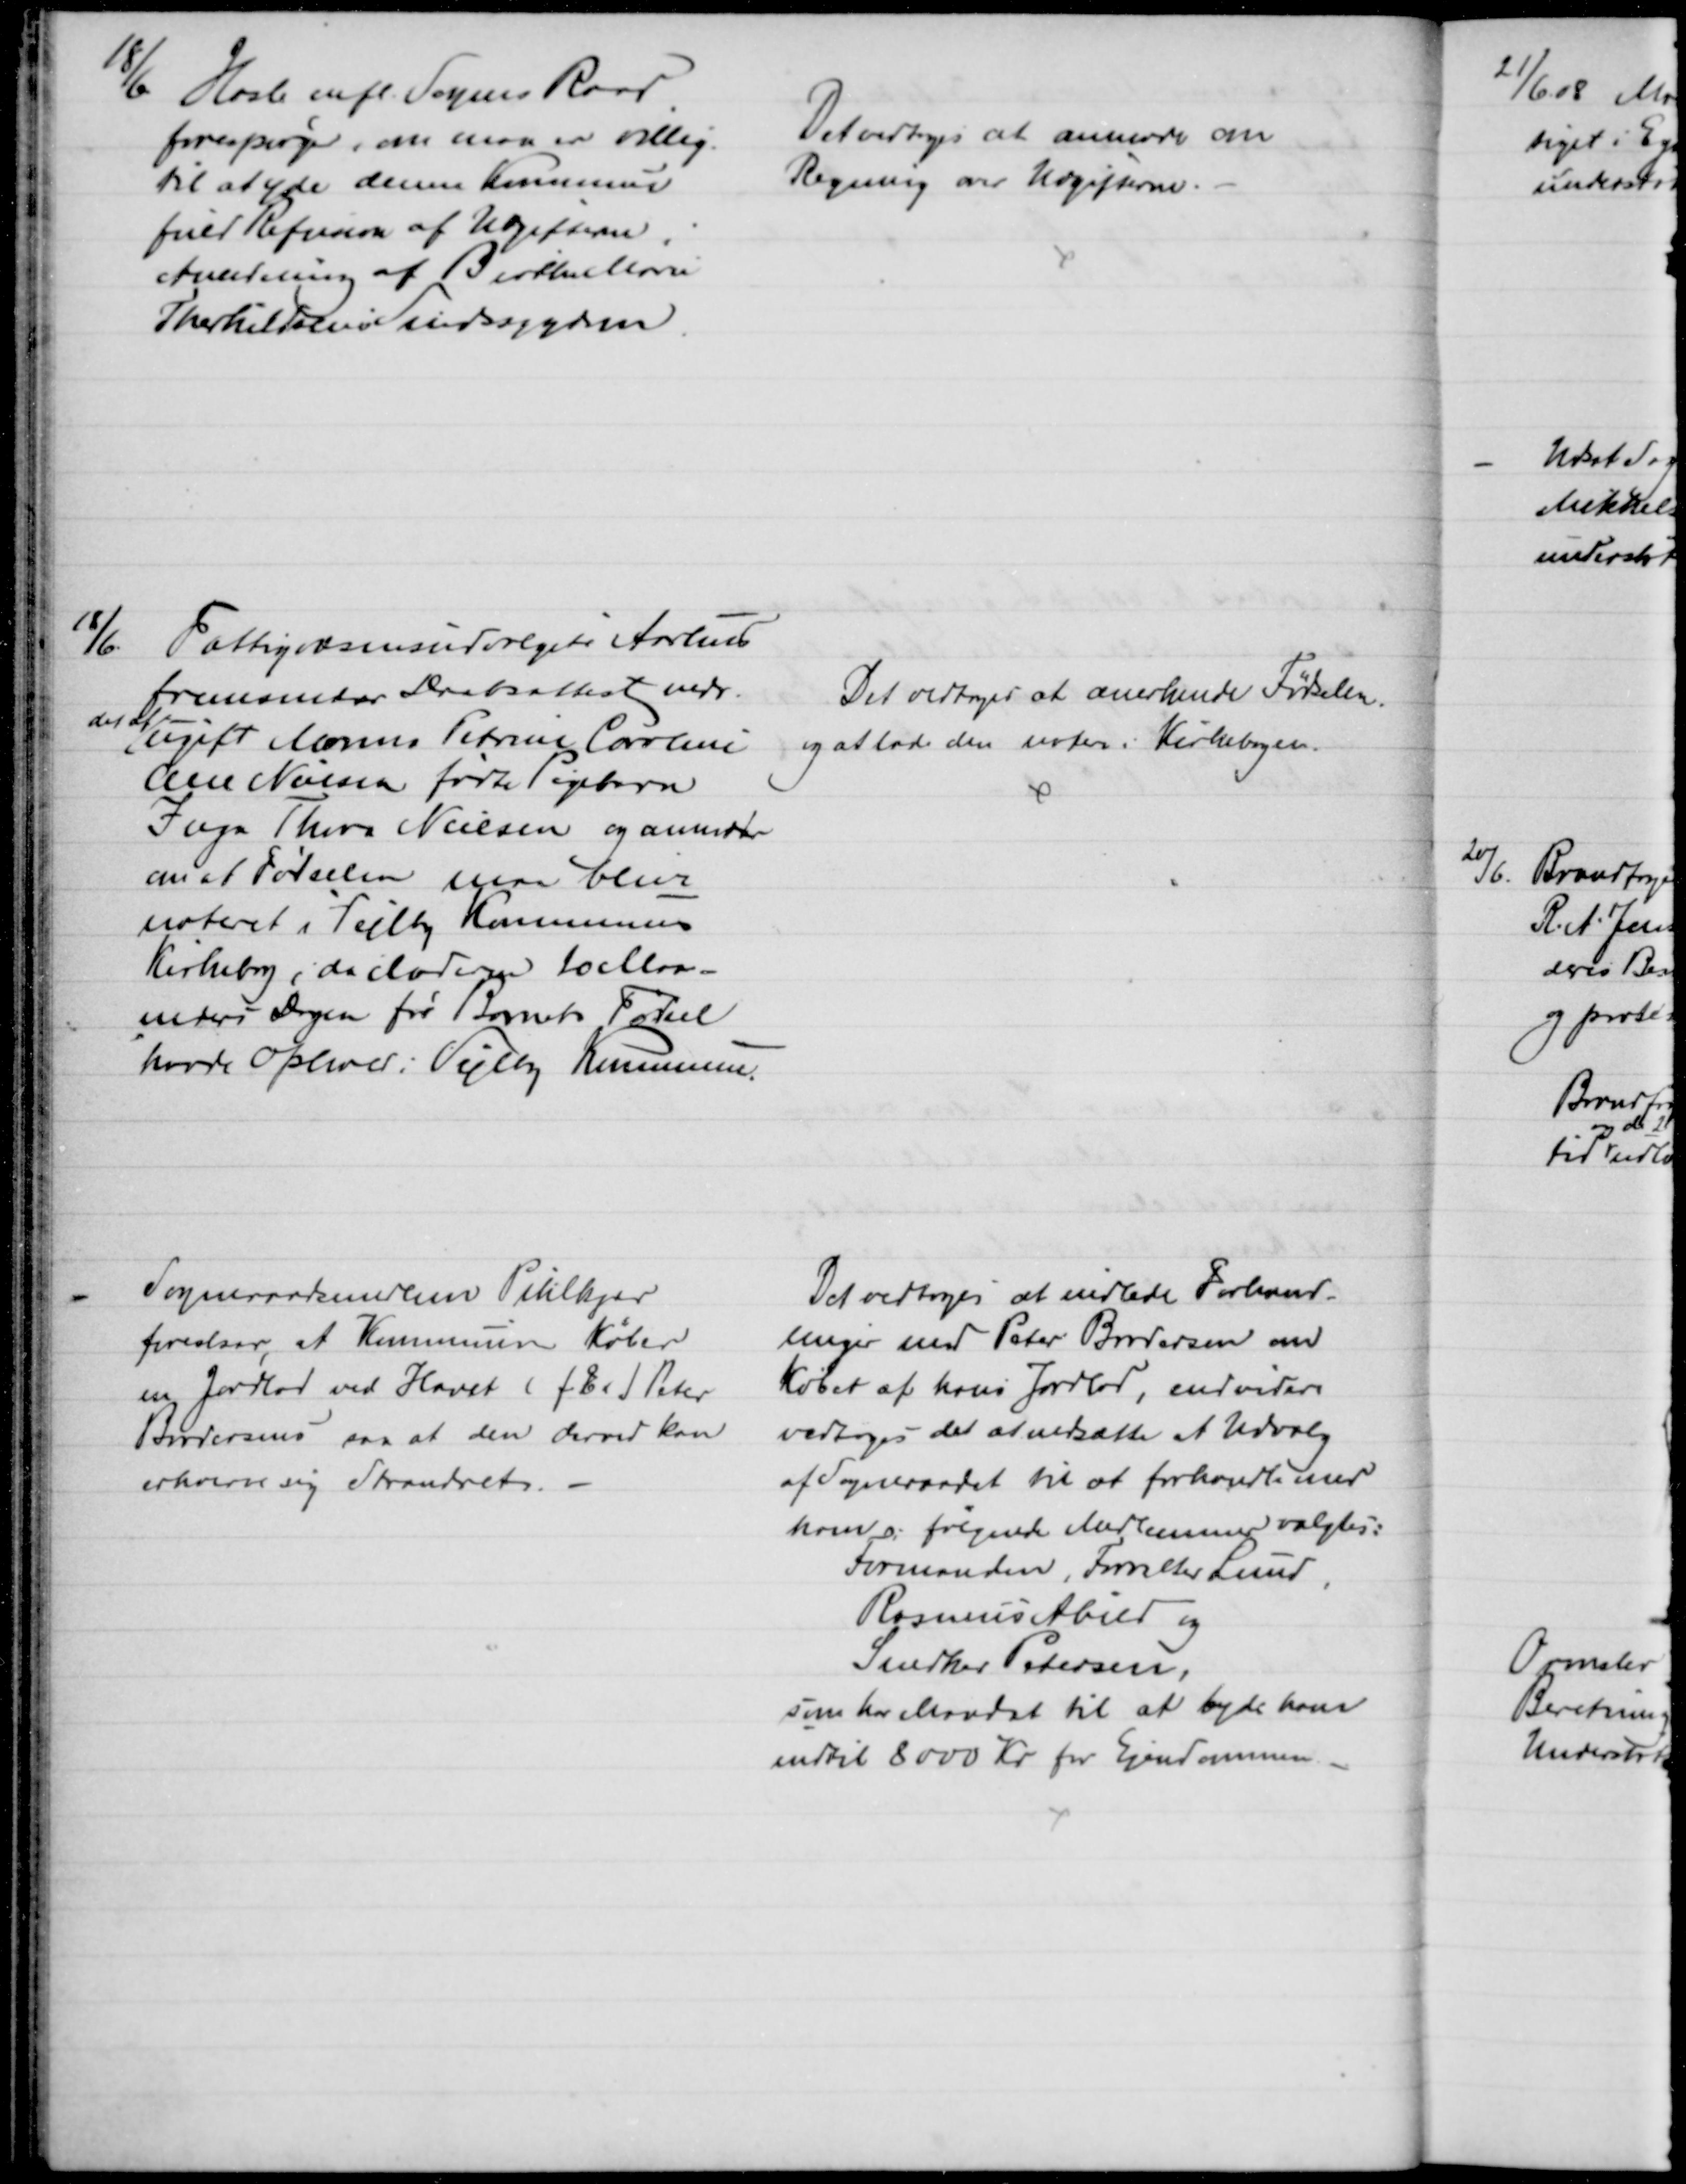
Transskription:
18/6 Hasle mfl. Sognes Raad
forespørger om man er villig
til at yde denne Kommune
fuld Refusion af Udgifterne i
Anledning af Birthe Marie
Therkildsen Sindssygden
Det vedtoges at anmode om
Regning over Udgifterne.
18/6
Fattigvæsensudvalget i Aarhus
fremsender Daabsattest vedr.
det af
ugift Maren Petrine Caroline
Ane Nielsen fødte Pigebarn
Inga Thora Nielsen og anmoder
om at Fødselen maa blive
noteret i Vejlby Kommunes
Kirkebog; da Moderen 10 Maa-
neders Dagen før Barnets Fødsel
havde Ophold i Vejlby Kommune.
Det vedtoges at anerkende Fødselen
og at lade den notere i Kirkebogen.
Sogneraadsmedlem Pihlkjær
foreslaar, at Kommunen køber
en Jordlod ved Havet (f Ex J Peter
Brodersens saa at den derved kan
erhverve sig Strandret.
Det vedtoges at indlede Forhand-
linger med Peter Brodersen om
Købet af hans Jordlod, endvidere
vedtoges det at nedsætte et Udvalg
af Sogneraadet til at forhandle med
ham og følgende Medlemmer valgtes:
Formanden, Forvalter Lund
Rasmus Abild og
Snedker Pedersen
som har Mandat til at byde ham
indtil 8000 Kr for Ejendommen.